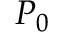
P _ { 0 }